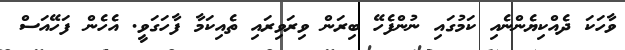
ވާހަކަ ދެއްކިޔެންނެއި ކަމުގައި ނުންފެހޭ ބިރަން ވިރަވިރައި ތެއިކަމާ ފާހަގަވީ. އެހެން ފަހޭއަސް